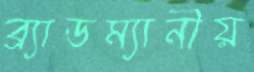
ব্র্যাডম্যানীয়